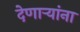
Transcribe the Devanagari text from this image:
देणार्‍यांना